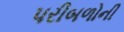
પરીબળોની